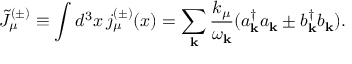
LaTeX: \tilde { J } _ { \mu } ^ { ( \pm ) } \equiv \int d ^ { 3 } x \, j _ { \mu } ^ { ( \pm ) } ( x ) = \sum _ { { \bf k } } \frac { k _ { \mu } } { \omega _ { { \bf k } } } ( a _ { { \bf k } } ^ { \dagger } a _ { { \bf k } } \pm b _ { { \bf k } } ^ { \dagger } b _ { { \bf k } } ) .